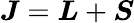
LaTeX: {\boldsymbol{J}}={\boldsymbol{L}}+{\boldsymbol{S}}